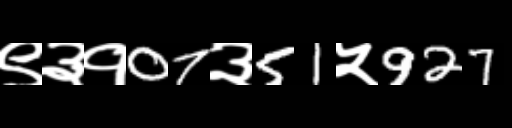
Text: ९३१07३51५927